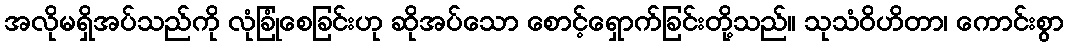
အလိုမရှိအပ်သည်ကို လုံခြုံစေခြင်းဟု ဆိုအပ်သော စောင့်ရှောက်ခြင်းတို့သည်။ သုသံဝိဟိတာ၊ ကောင်းစွာ